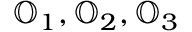
\mathbb { O } _ { 1 } , \mathbb { O } _ { 2 } , \mathbb { O } _ { 3 }